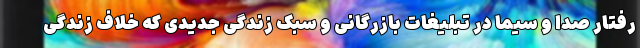
رفتارِ صدا و سیما در تبلیغات بازرگانی و سبک زندگی جدیدی که خلافِ زندگی